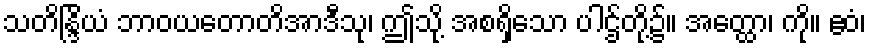
သတိန္ဒြိယံ ဘာဝယတောတိအာဒီသု၊ ဤသို့ အစရှိသော ပါဌ်တို့၌။ အတ္ထော၊ ကို။ ဧဝံ၊